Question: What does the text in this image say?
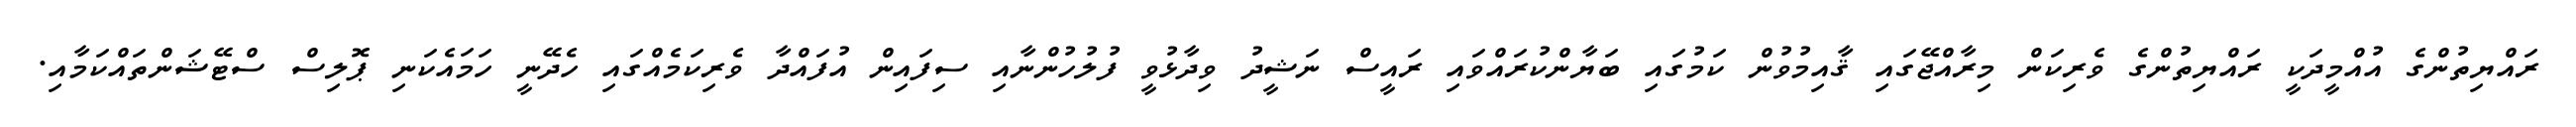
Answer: ރައްޔިތުންގެ އުއްމީދަކީ ރައްޔިތުންގެ ވެރިކަން މިރާއްޖޭގައި ޤާއިމުވުން ކަމުގައި ބަޔާންކުރައްވައި ރައީސް ނަޝީދު ވިދާޅުވީ ފުލުހުންނާއި ސިފައިން އުފައްދާ ވެރިކަމެއްގައި ހެދޭނީ ހަމައެކަނި ޕޮލިސް ސްޓޭޝަންތައްކަމާއި.